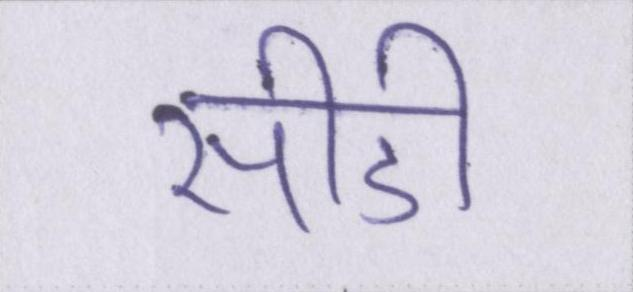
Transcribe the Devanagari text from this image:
सीडी